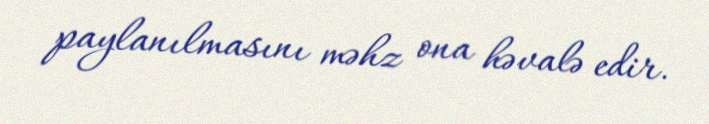
paylanılmasını məhz ona həvalə edir.